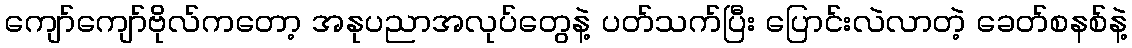
ကျော်ကျော်ဗိုလ်ကတော့ အနုပညာအလုပ်တွေနဲ့ ပတ်သက်ပြီး ပြောင်းလဲလာတဲ့ ခေတ်စနစ်နဲ့